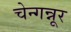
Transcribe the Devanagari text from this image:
चेन्गन्नूर